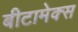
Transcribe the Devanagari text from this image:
बीटामेक्स